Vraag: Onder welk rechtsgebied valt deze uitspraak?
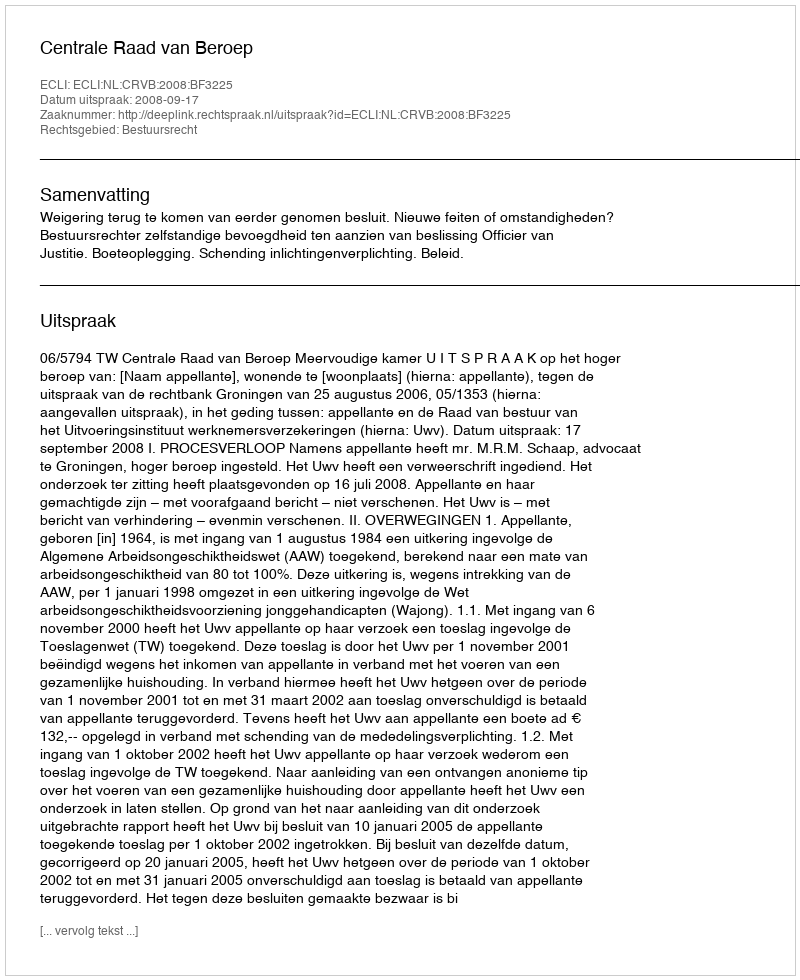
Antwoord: Bestuursrecht